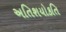
અતિશયોકતિ